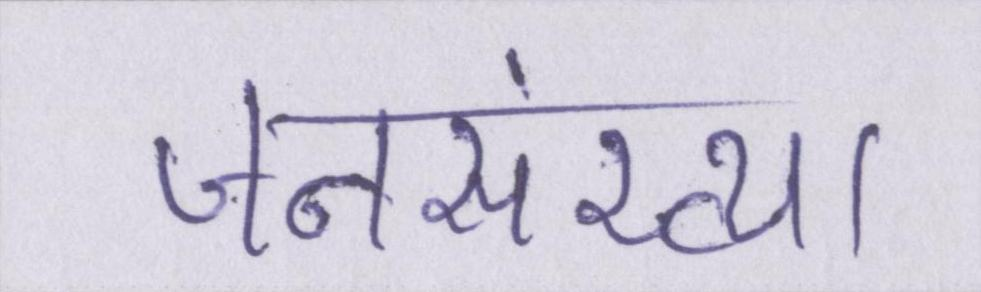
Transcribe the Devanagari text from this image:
जनसंख्या